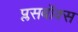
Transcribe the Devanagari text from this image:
प्लसबॉक्स